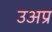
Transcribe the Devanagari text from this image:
उअप्र